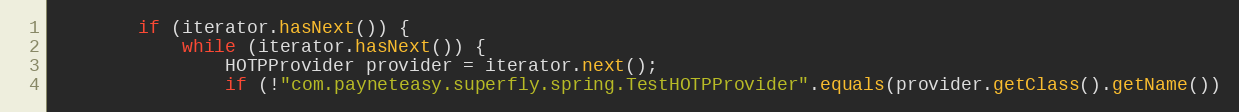
Language: Java
        if (iterator.hasNext()) {
            while (iterator.hasNext()) {
                HOTPProvider provider = iterator.next();
                if (!"com.payneteasy.superfly.spring.TestHOTPProvider".equals(provider.getClass().getName())